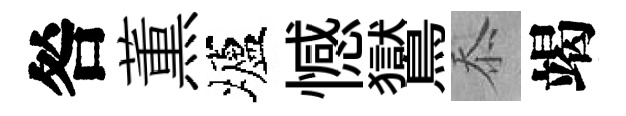
咎薫壚憾鸑忝竭